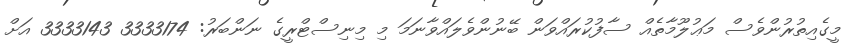
މީގެއިތުރުންވެސް މަޢުލޫމާތެއް ސާފުކުރައްވަން ބޭނުންވެލައްވާނަމަ މި މިނިސްޓްރީގެ ނަންބަރު: 3333174 3333143 އަށް